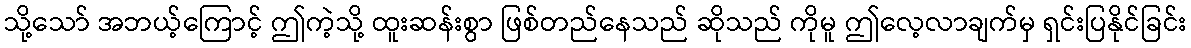
သို့သော် အဘယ့်ကြောင့် ဤကဲ့သို့ ထူးဆန်းစွာ ဖြစ်တည်နေသည် ဆိုသည် ကိုမူ ဤလေ့လာချက်မှ ရှင်းပြနိုင်ခြင်း